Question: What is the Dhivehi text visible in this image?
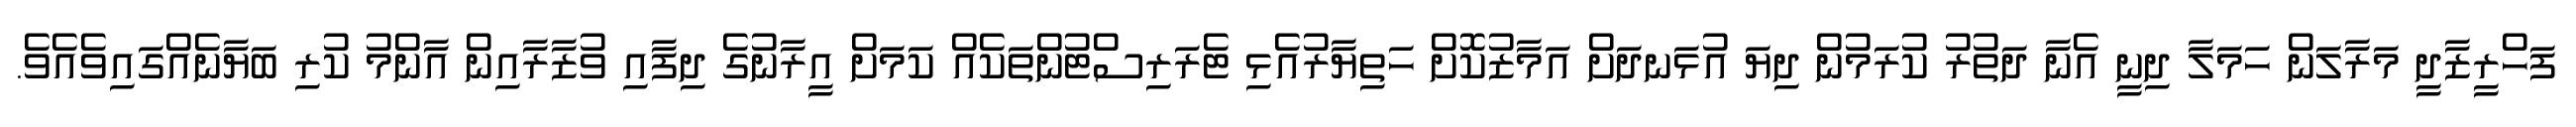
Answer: ފަހްރީޒާދީ މަރާލަން ހަމަލާ ދިނީ އެނާ ދަތުރު ކުރަމުން ދިޔަ އުޅަނދަށް އަމާޒުކޮށް ހަތިޔާރުއެޅި ޓެރަރިސްޓުންތަކެއް ކަމަށް އީރާނުގެ ދިފާއި ވުޒާރާއިން އާންމު ކުރި ބަޔާނެއްގައިވެއެވެ.